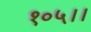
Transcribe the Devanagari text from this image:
१०५।।